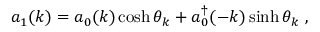
a _ { 1 } ( k ) = a _ { 0 } ( k ) \cosh \theta _ { k } + a _ { 0 } ^ { \dagger } ( - k ) \sinh \theta _ { k } \; ,